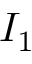
I _ { 1 }